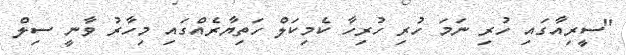
"ސީރިއާގައި ހުރި ނަމަ ހުރި ހުރިހާ ކެމިކަލް ހަތިޔާރެއްގައި މިހާރު ވާނީ ސިލް